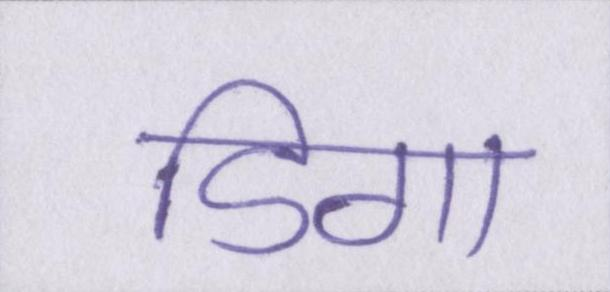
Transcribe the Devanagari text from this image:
डिगा